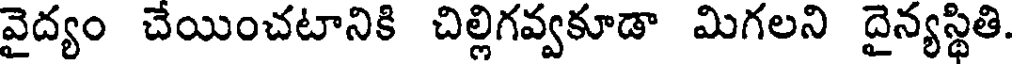
వైద్యం చేయించటానికి చిల్లిగవ్వకూడా మిగలని దైన్యస్థితి.